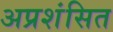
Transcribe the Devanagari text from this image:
अप्रशंसित